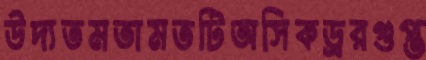
উদ্যতমতামতটিঅসিকড্ররগুপ্ত